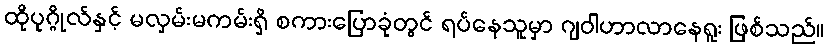
ထိုပုဂ္ဂိုလ်နှင့် မလှမ်းမကမ်းရှိ စကားပြောခုံတွင် ရပ်နေသူမှာ ဂျဝါဟာလာနေရူး ဖြစ်သည်။